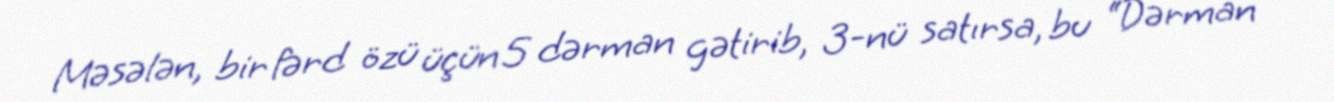
Məsələn, bir fərd özü üçün 5 dərman gətirib, 3-nü satırsa, bu “Dərman